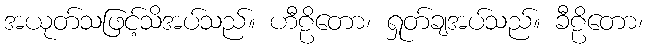
အယုတ်သဖြင့်သိအပ်သည်။ ဟီဠိတော၊ ရှုတ်ချအပ်သည်။ ခီဠိတော၊